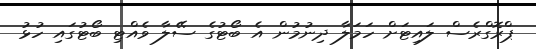
ޕްރޮގްރެސް ލައިޓަށް ހަމަލާ ދިނުމުން އެ ބޯޓުގެ ސޭލާ ވެއްޓި ބޯޓުގައި ހުޅު